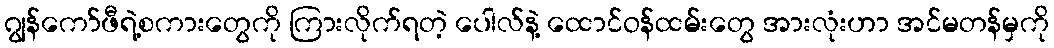
ဂျွန်ကော်ဖီရဲ့စကားတွေကို ကြားလိုက်ရတဲ့ ပေါလ်နဲ့ ထောင်ဝန်ထမ်းတွေ အားလုံးဟာ အင်မတန်မှကို